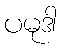
ပမုဒါ